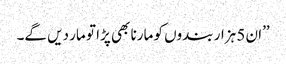
’’ان 5 ہزار بندوں کو مارنا بھی پڑا تو مار دیں گے۔